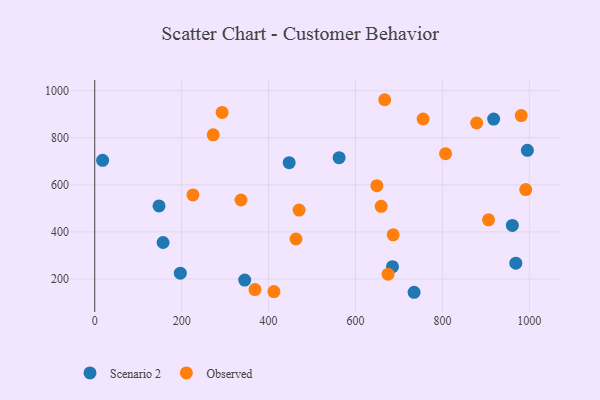
{"axis": {"x": "Ad Spend", "y": "Rating"}, "legend": ["Observed", "Scenario 2"], "data": [{"x": "685.2", "y": 252.4, "type": "Scenario 2"}, {"x": "196.9", "y": 224.7, "type": "Scenario 2"}, {"x": "961.0", "y": 427.5, "type": "Scenario 2"}, {"x": "157.2", "y": 355.0, "type": "Scenario 2"}, {"x": "147.9", "y": 510.1, "type": "Scenario 2"}, {"x": "345.1", "y": 195.3, "type": "Scenario 2"}, {"x": "995.6", "y": 746.5, "type": "Scenario 2"}, {"x": "18.1", "y": 703.9, "type": "Scenario 2"}, {"x": "734.9", "y": 143.5, "type": "Scenario 2"}, {"x": "562.3", "y": 715.4, "type": "Scenario 2"}, {"x": "918.0", "y": 879.0, "type": "Scenario 2"}, {"x": "969.0", "y": 267.1, "type": "Scenario 2"}, {"x": "447.4", "y": 694.2, "type": "Scenario 2"}, {"x": "981.4", "y": 893.9, "type": "Observed"}, {"x": "807.3", "y": 732.1, "type": "Observed"}, {"x": "675.0", "y": 220.4, "type": "Observed"}, {"x": "470.3", "y": 492.6, "type": "Observed"}, {"x": "686.8", "y": 387.5, "type": "Observed"}, {"x": "659.2", "y": 508.7, "type": "Observed"}, {"x": "336.6", "y": 535.5, "type": "Observed"}, {"x": "649.2", "y": 596.4, "type": "Observed"}, {"x": "226.0", "y": 557.0, "type": "Observed"}, {"x": "368.7", "y": 154.9, "type": "Observed"}, {"x": "272.6", "y": 812.1, "type": "Observed"}, {"x": "906.3", "y": 451.3, "type": "Observed"}, {"x": "293.1", "y": 907.3, "type": "Observed"}, {"x": "991.8", "y": 579.9, "type": "Observed"}, {"x": "463.1", "y": 369.7, "type": "Observed"}, {"x": "878.9", "y": 862.5, "type": "Observed"}, {"x": "412.3", "y": 146.6, "type": "Observed"}, {"x": "667.2", "y": 961.4, "type": "Observed"}, {"x": "755.7", "y": 879.5, "type": "Observed"}]}